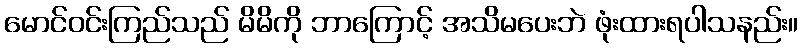
မောင်ဝင်းကြည်သည် မိမိကို ဘာကြောင့် အသိမပေးဘဲ ဖုံးထားရပါသနည်း။